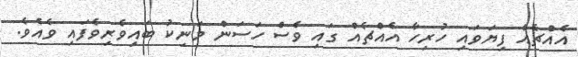
އެއްޗެއް ފިޔަވައި ހުރިހާ އެއްޗެއް ގައި ވެސް ހަސަން މަނިކު ބައިވެރިވެފައި ވެއެވެ.